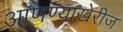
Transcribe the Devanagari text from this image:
आणण्याखेरीज